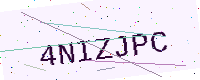
Text: 4NIZJPC